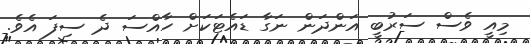
މިއީ ވެސް ސަރުބީ އަންދަން ނަގާ ޑައެޓަކަށް ހާއްސަ ދެ ސިފަ އެވެ.